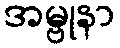
အမ္ဗုနာ